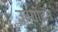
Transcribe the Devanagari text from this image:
उत्पाोदन